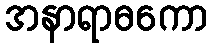
အနာရာဓကော